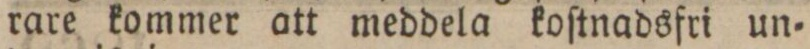
rare kommer att meddela koſtnadsfri un=